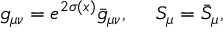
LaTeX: g _ { \mu \nu } = e ^ { 2 \sigma ( x ) } \bar { g } _ { \mu \nu } , \ \ \ \ S _ { \mu } = \bar { S } _ { \mu } ,